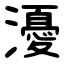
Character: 瀀